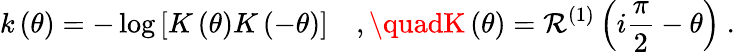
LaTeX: k\left(\theta\right)=-\log\left[K\left(\theta\right)K\left(-\theta\right)\right]\quad,\quadK\left(\theta\right)=\mathcal{R}^{(1)}\left(i\frac{{\pi}}{{2}}-\theta\right)\ .